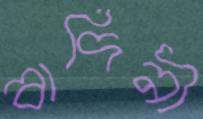
বাদিনী